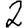
Digit: 2